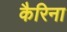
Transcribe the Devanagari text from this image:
कैरिना